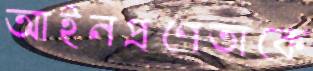
আইনপ্রণেতাকে